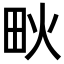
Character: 𤰹